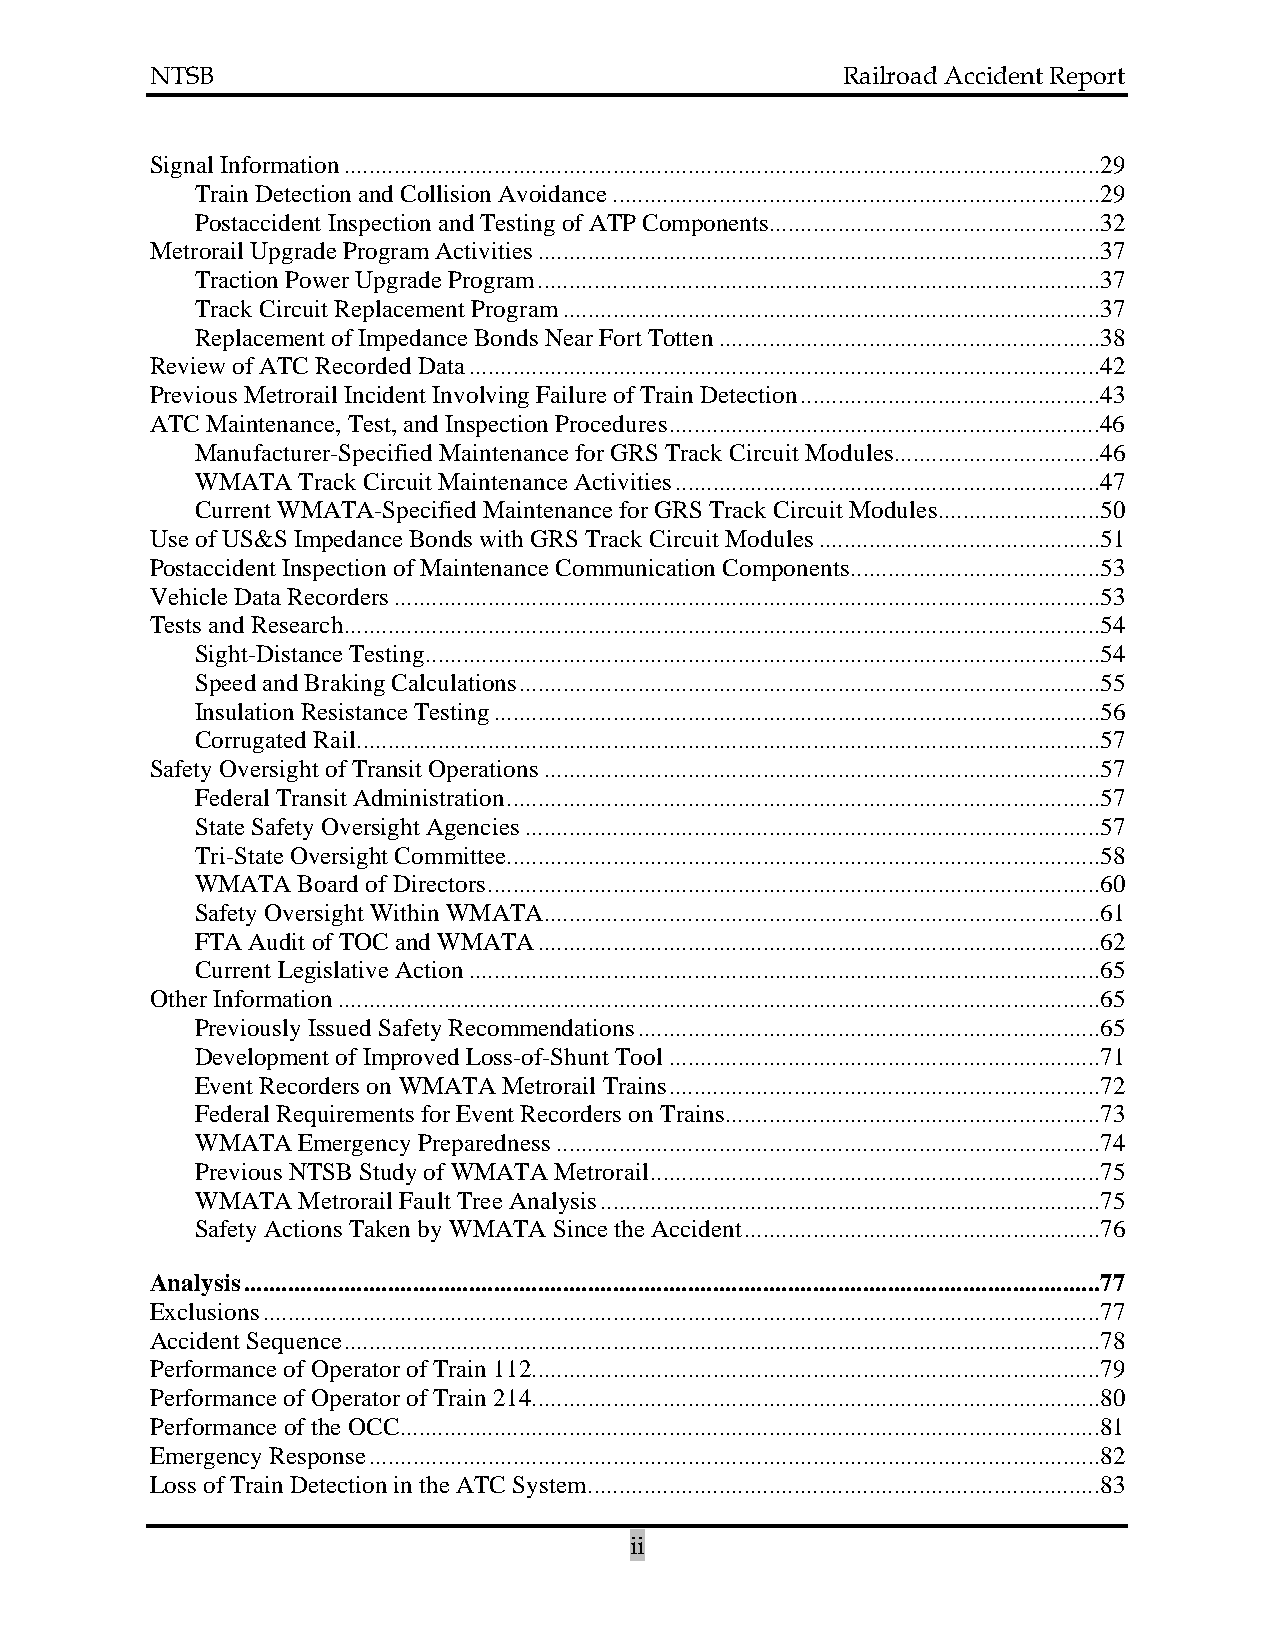
NTSB                                          Railroad Accident Report
 Signal Information .........................................................................................................................29
 Train Detection and Collision Avoidance ..............................................................................29
 Postaccident Inspection and Testing of ATP Components .....................................................32
 Metrorail Upgrade Program Activities ..........................................................................................37
 Traction Power Upgrade Program ..........................................................................................37
 Track Circuit Replacement Program ......................................................................................37
 Replacement of Impedance Bonds Near Fort Totten .............................................................38
 Review of ATC Recorded Data .....................................................................................................42
 Previous Metrorail Incident Involving Failure of Train Detection ................................................43
 ATC Maintenance, Test, and Inspection Procedures .....................................................................46
 Manufacturer-Specified Maintenance for GRS Track Circuit Modules .................................46
 WMATA  Track Circuit Maintenance Activities ....................................................................47
 Current WMATA-Specified Maintenance for GRS Track Circuit Modules ..........................50
 Use of US&S Impedance Bonds with GRS Track Circuit Modules .............................................51
 Postaccident Inspection of Maintenance Communication Components ........................................53
 Vehicle Data Recorders .................................................................................................................53
 Tests and Research .........................................................................................................................54
 Sight-Distance Testing ............................................................................................................54
 Speed and Braking Calculations .............................................................................................55
 Insulation Resistance Testing .................................................................................................56
 Corrugated Rail .......................................................................................................................57
 Safety Oversight of Transit Operations .........................................................................................57
 Federal Transit Administration ...............................................................................................57
 State Safety Oversight Agencies ............................................................................................57
 Tri-State Oversight Committee ...............................................................................................58
 WMATA  Board of Directors ..................................................................................................60
 Safety Oversight Within WMATA .........................................................................................61
 FTA Audit of TOC and WMATA ..........................................................................................62
 Current Legislative Action .....................................................................................................65
 Other Information ..........................................................................................................................65
 Previously Issued Safety Recommendations ..........................................................................65
 Development of Improved Loss-of-Shunt Tool .....................................................................71
 Event Recorders on WMATA Metrorail Trains .....................................................................72
 Federal Requirements for Event Recorders on Trains ............................................................73
 WMATA  Emergency Preparedness .......................................................................................74
 Previous NTSB Study of WMATA Metrorail ........................................................................75
 WMATA  Metrorail Fault Tree Analysis ................................................................................75
 Safety Actions Taken by WMATA Since the Accident .........................................................76
 Analysis .........................................................................................................................................77
 Exclusions ......................................................................................................................................77
 Accident Sequence .........................................................................................................................78
 Performance of Operator of Train 112 ...........................................................................................79
 Performance of Operator of Train 214 ...........................................................................................80
 Performance of the OCC ................................................................................................................81
 Emergency Response .....................................................................................................................82
 Loss of Train Detection in the ATC System ..................................................................................83
 ii